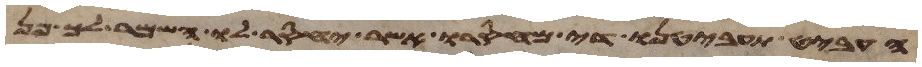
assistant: העביט תעביטנו די מחסרו אשר יחסר לו השמר לך פן